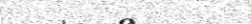
٦٦